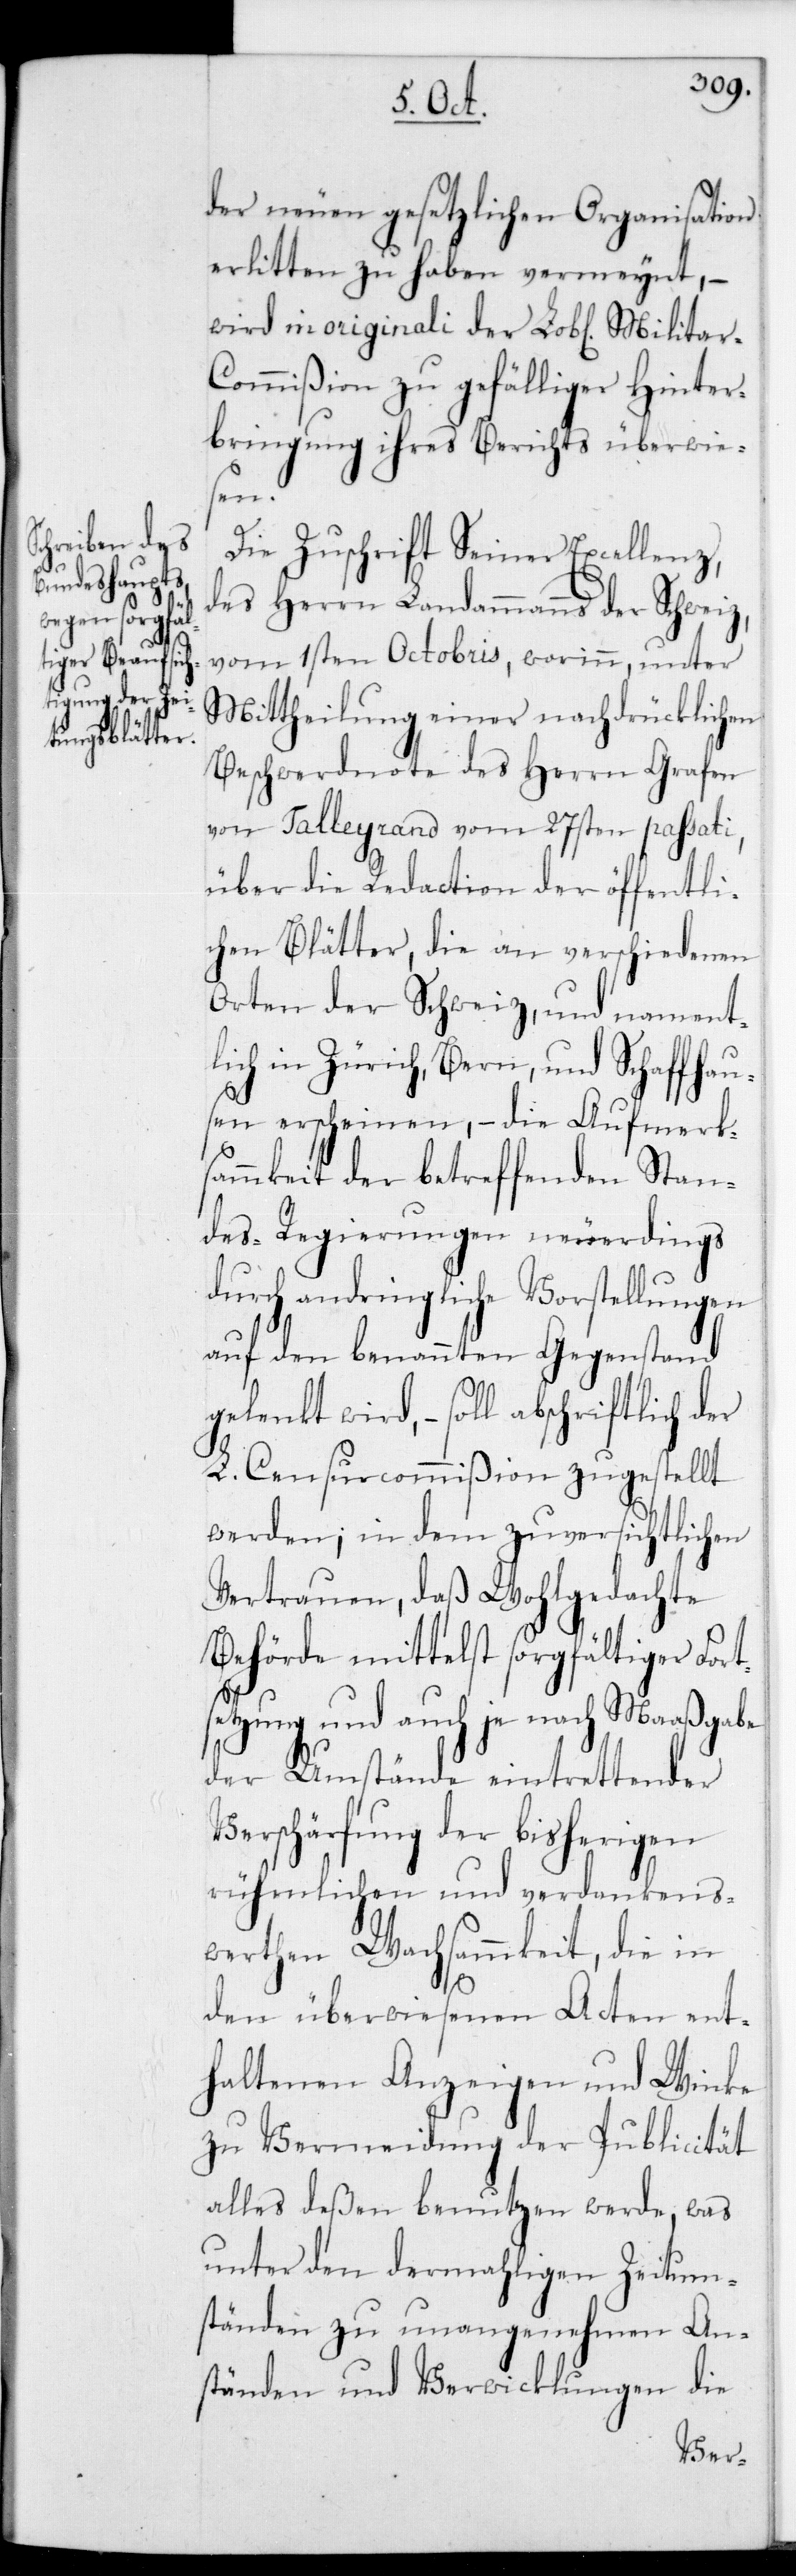
en] Milita¬

der neuen gesetzlichen Organisation
erlitten zu haben vermeynt, –
wird in originali der Lob[lich¬
r-Commißion zu gefälliger Hinter¬
bringung ihres Berichts überwie¬
sen.
Die Zuschrift Seiner Excellen¬
z,der Herrn Landammanns der Schweiz,
vom 1sten Octobris, worinn, unter
Mittheilung einer nachdrücklichen
Beschwerdnote des Herrn Grafen
von Talleyrand vom 27sten passati,
über die Redaction der öffentli¬
chen Blätter, die an verschiedenen
Orten der Schweiz, und nament¬
lich in Zürich, Bern und Schaffhau¬
sen erscheinen, – die Aufmerk¬
sammkeit der betreffendenStan¬
des-Regierungen neuerdings
durch andringliche Vorstellungen
auf den benannten Gegenstand
gelenkt wird, – soll abschriftlich der
L. Censurcommißion zugestellt
werden, in dem zuversichtlichen
Vertrauen, daß Wohlgedachte
Behörde mittelst sorgfältiger Fort¬
setzung und auch je nach Maaßgabe
der Umstände eintrettender
Verschärfung der bisherigen
rühmlichen und verdankens¬
werthen Wachsammkeit, die in
den überwiesenen Acten ent¬
haltenen Anzeigen und Winke
zu Vermeidung der Publicität
alles deßen benutzen werde, was
unter den dermahligen Zeitum¬
ständen zu unangenehmen An¬
ständen und Verwicklungen die